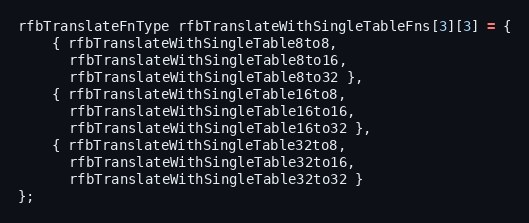
Language: C++
rfbTranslateFnType rfbTranslateWithSingleTableFns[3][3] = {
    { rfbTranslateWithSingleTable8to8,
      rfbTranslateWithSingleTable8to16,
      rfbTranslateWithSingleTable8to32 },
    { rfbTranslateWithSingleTable16to8,
      rfbTranslateWithSingleTable16to16,
      rfbTranslateWithSingleTable16to32 },
    { rfbTranslateWithSingleTable32to8,
      rfbTranslateWithSingleTable32to16,
      rfbTranslateWithSingleTable32to32 }
};